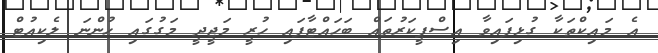
އެ މައިކްތަކާ ގުޅިފައިވާ އިސްޕީކަރުތައް ބަހައްޓާފައި ހުރީ މަޖީދީ މަގުގައި ހުންނަ ލެކިއުޓް